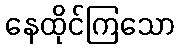
နေထိုင်ကြသော